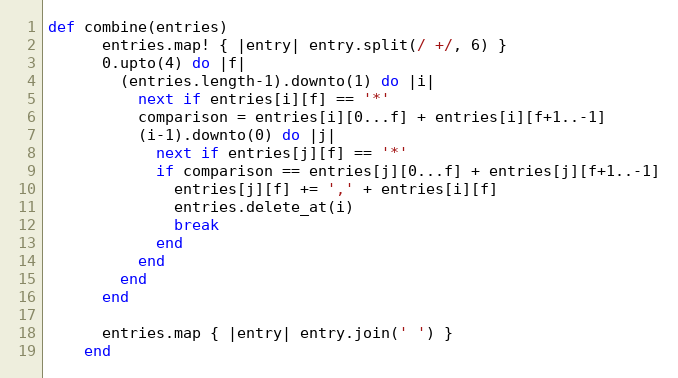
Language: Ruby
def combine(entries)
      entries.map! { |entry| entry.split(/ +/, 6) }
      0.upto(4) do |f|
        (entries.length-1).downto(1) do |i|
          next if entries[i][f] == '*'
          comparison = entries[i][0...f] + entries[i][f+1..-1]
          (i-1).downto(0) do |j|
            next if entries[j][f] == '*'
            if comparison == entries[j][0...f] + entries[j][f+1..-1]
              entries[j][f] += ',' + entries[i][f]
              entries.delete_at(i)
              break
            end
          end
        end
      end

      entries.map { |entry| entry.join(' ') }
    end